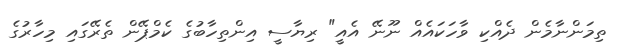
ތިމަންނާމެން ދެއްކި ވާހަކައެއް ނޫނޭ އެއީ" ރިޔާސީ އިންތިހާބުގެ ކެމްޕޭން ތެރޭގައި މިހާރުގެ